Insane asylums in Bengal annual reports 1876-1887 - 1876-1887
Year: 1876
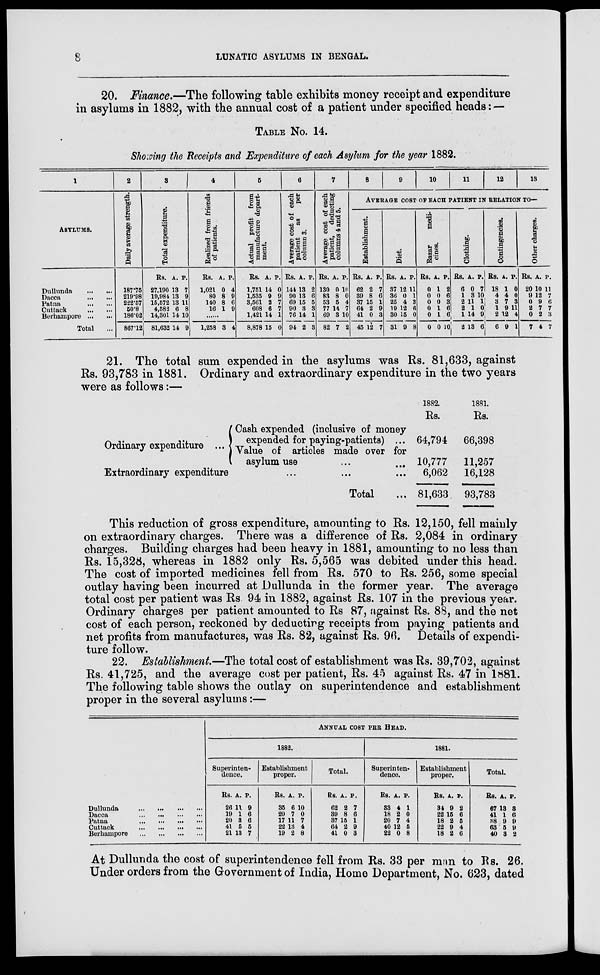
8
LUNATIC ASYLUMS IN BENGAL.
20. Finance.—The following table exhibits money receipt and expenditure
in asylums in 1882, with the annual cost of a patient under specified heads: —
TABLE No. 14.
Showing the Receipts and Expenditure of each Asylum for the year 1882.
1
ASYLUMS.
Dullunda ... ...
Dacca
...
...
Patna
...
...
Cuttack
...
...
Berhampore
...
...
Total ...
2
Daily average strength.
187.75
219.98
222.57
50.8
186.02
867.12
3
Total expenditure.
Rs.
27,190
19,984
15,572
4,582
14,301
81,632
A.
13
13
13
6
14
14
P.
7
9
11
8
10
9
4
Realized from friends
of patients.
Rs.
1,021
80
140
16
A.
0
8
8
1
P.
4
9
6
9
......
1,258 3 4
5
Actual profit from
manufacture depart-
ment.
Rs.
1,751
1,535
3,561
608
1,421
8,878
A.
14
9
2
6
14
15
P.
0
9
7
7
1
0
6
Average cost of each
patient
as
per
column 3.
Rs.
144
90
69
90
76
94
A.
13
13
15
3
14
2
P.
2
6
5
3
1
3
7
Average cost of each
patient, deducting
columns 4 and 5.
Rs.
130
83
53
77
69
82
A.
0
8
5
14
3
7
P.
10
0
4
7
10
2
8
9
10
11
12
13
Average cost op each patient in relation to—
Establishment.
Rs.
62
39
37
64
41
45
A.
2
8
15
2
0
12
P.
7
6
1
9
3
7
Diet.
Rs.
37
36
25
19
30
31
A.
12
0
4
12
15
9
P.
11
1
3
6
0
8
Bazar
medi-
cines.
Rs.
0
0
0
0
0
0
A.
1
0
0
1
1
0
P.
2
6
3
6
6
10
Clothing.
Rs.
6
1
2
2
1
2
A.
0
3
11
1
14
13
P.
7
10
1
0
9
6
Contingencies.
Rs.
18
4
3
1
2
6
A.
1
4
7
9
12
9
P.
0
0
3
11
4
1
Other charges.
Rs.
20
9
0
2
0
7
A.
10
12
9
7
2
4
P.
11
7
6
7
3
7
21. The total sum expended in the asylums was Rs. 81,633, against
Rs. 93,783 in 1881. Ordinary and extraordinary expenditure in the two years
were as follows:—
Ordinary expenditure ...
Cash expended (inclusive of money
expended for paying-patients) ...
Value of articles made over for
asylum use ... ...
Extraordinary expenditure ... ... ...
Total ...
1882.
Rs.
64,794
10,777
6,062
81,633
1881.
Rs.
66,398
11,257
16,128
93,783
This reduction of gross expenditure, amounting to Rs. 12,150, fell mainly
on extraordinary charges. There was a difference of Rs. 2,084 in ordinary
charges. Building charges had been heavy in 1881, amounting to no less than
Rs. 15,328, whereas in 1882 only Rs. 5,565 was debited under this head.
The cost of imported medicines fell from Rs. 570 to Rs. 256, some special
outlay having been incurred at Dullunda in the former year. The average
total cost per patient was Rs. 94 in 1882, against Rs. 107 in the previous year.
Ordinary charges per patient amounted to Rs 87, against Rs. 88, and the net
cost of each person, reckoned by deducting receipts from paying patients and
net profits from manufactures, was Rs. 82, against Rs. 96. Details of expendi-
ture follow.
22. Establishment.—The total cost of establishment was Rs. 39,702, against
Rs. 41,725, and the average cost per patient, Rs. 45 against Rs. 47 in 1881.
The following table shows the outlay on superintendence and establishment
proper in the several asylums:—
Dullunda
...
...
...
...
Dacca
...
...
...
...
Patna
...
...
...
...
Cuttack
...
...
...
...
Berhampore
...
...
...
...
ANNUAL COST PER HEAD.
1882.
Superinten-
dence.
Rs.
26
19
20
41
21
A.
11
1
3
5
13
P.
9
6
6
5
7
Establishment
proper.
Rs.
35
20
17
22
19
A.
6
7
11
13
2
P.
10
0
7
4
8
Total.
Rs.
62
39
37
64
41
A.
2
8
15
2
0
P.
7
6
1
9
3
1881.
Superinten-
dence.
Rs.
33
18
20
40
22
A.
4
2
7
12
0
P.
1
0
4
5
8
Establishment
proper.
Rs.
34
22
18
22
18
A.
9
15
2
9
2
P.
2
6
5
4
6
Total.
Rs.
67
41
38
63
40
A.
13
1
9
5
3
P.
3
6
9
9
2
At Dullunda the cost of superintendence fell from Rs. 33 per man to Rs. 26.
Under orders from the Government of India, Home Department, No. 623, dated